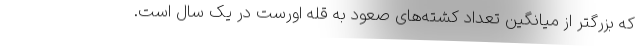
که بزرگتر از میانگین تعداد کشته‌های صعود به قله اورست در یک سال است.